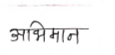
मजकूर: अभिमान